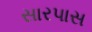
સારપાસ